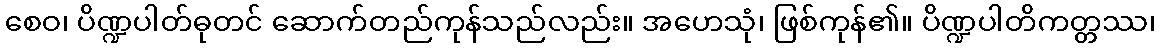
စေဝ၊ ပိဏ္ဍပါတ်ဓုတင် ဆောက်တည်ကုန်သည်လည်း။ အဟေသုံ၊ ဖြစ်ကုန်၏။ ပိဏ္ဍပါတိကတ္တဿ၊